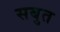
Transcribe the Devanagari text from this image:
सबुत